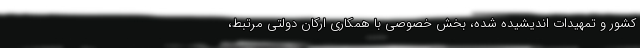
کشور و تمهیدات اندیشیده شده، بخش خصوصی با همکاری ارکان دولتی مرتبط،